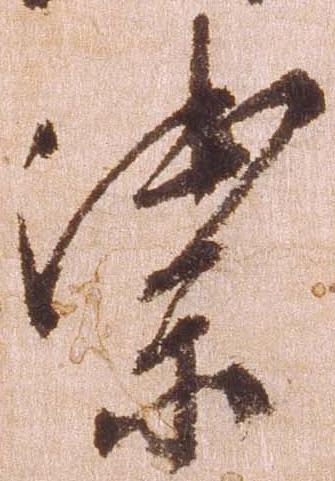
禦